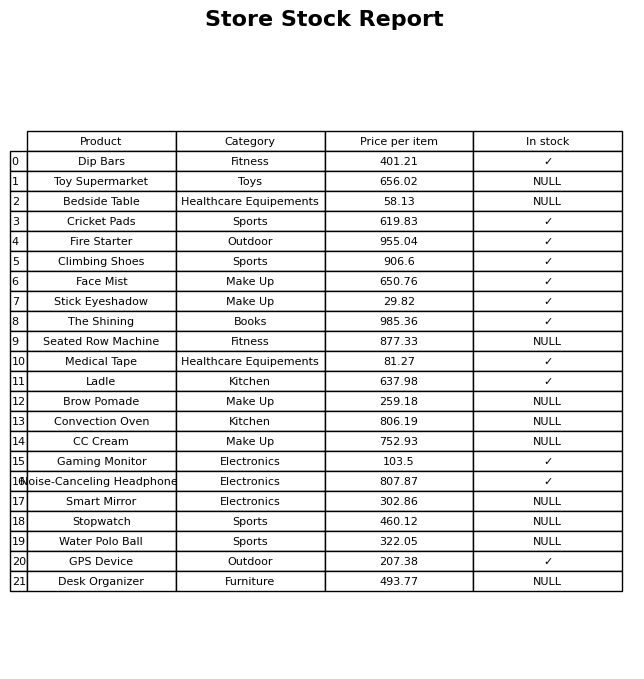
question: What is the price for Water Polo Ball?
answer: The price of Water Polo Ball is 322.05.